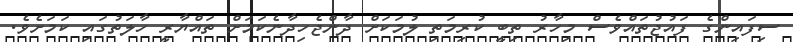
ސިފައިންގެ ފައުޖުތައްވެސް މިހާރު ތިބީ ކުރިމަތި ލުމަކަށް ދާންޖެހިދާނެކަމަށް ތައްޔާރީ ހާލަތުގައި ކަމަށެވެ.